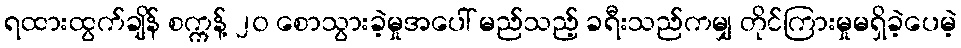
ရထားထွက်ချိန် စက္ကန့် ၂၀ စောသွားခဲ့မှုအပေါ် မည်သည့် ခရီးသည်ကမျှ တိုင်ကြားမှုမရှိခဲ့ပေမဲ့